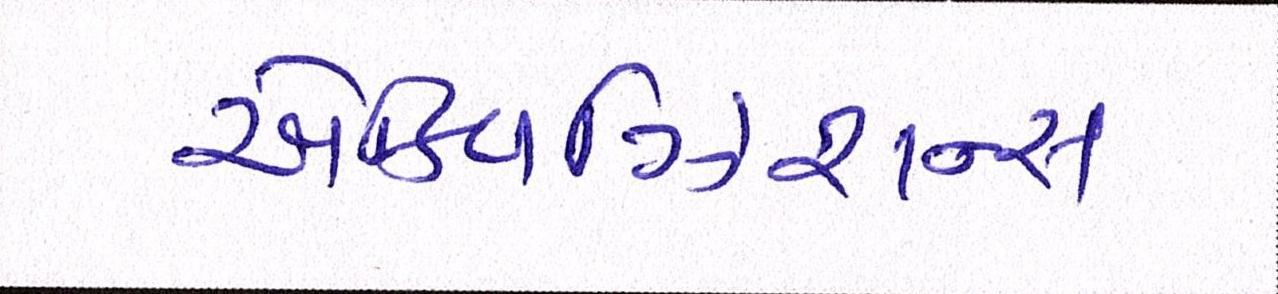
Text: એક્વિઝિશન્સ